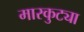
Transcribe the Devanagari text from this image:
मारकुट्या